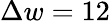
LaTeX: \Delta w=12